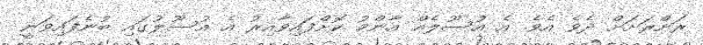
ރަށްރަށަށް ދެވެ އެވެ. އެ އުސޫލެއް އާންމު ކޮށްފައިވާއިރު އެ އުސޫލުގައި ބުނެފައިވަނީ